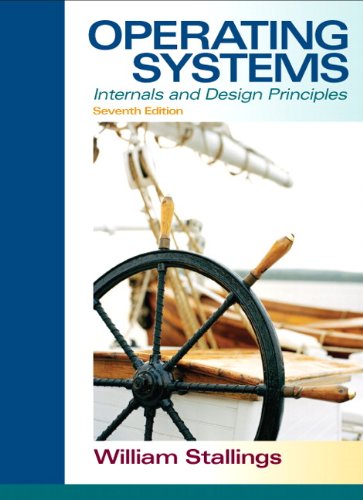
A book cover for Operating Systems: Internals and Design Principles (7th Edition); William Stallings; Computers & Technology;